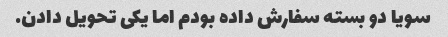
سویا دو بسته سفارش داده بودم اما یکی تحویل دادن.